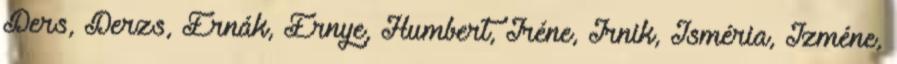
Ders, Derzs, Ernák, Ernye, Humbert, Iréne, Irnik, Isméria, Izméne,